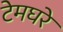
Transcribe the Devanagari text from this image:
टेमघरे